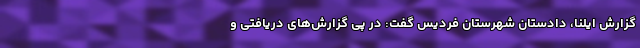
گزارش ایلنا، دادستان شهرستان فردیس گفت: در پی گزارش‌های دریافتی و